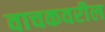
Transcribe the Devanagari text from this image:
वाचकवरील